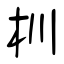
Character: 杊